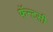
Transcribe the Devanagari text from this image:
फॅन्टसी